Sanitation, dispensaries and jails vaccination Rajputana 1922-1927 - 1922-1927
Year: 1922
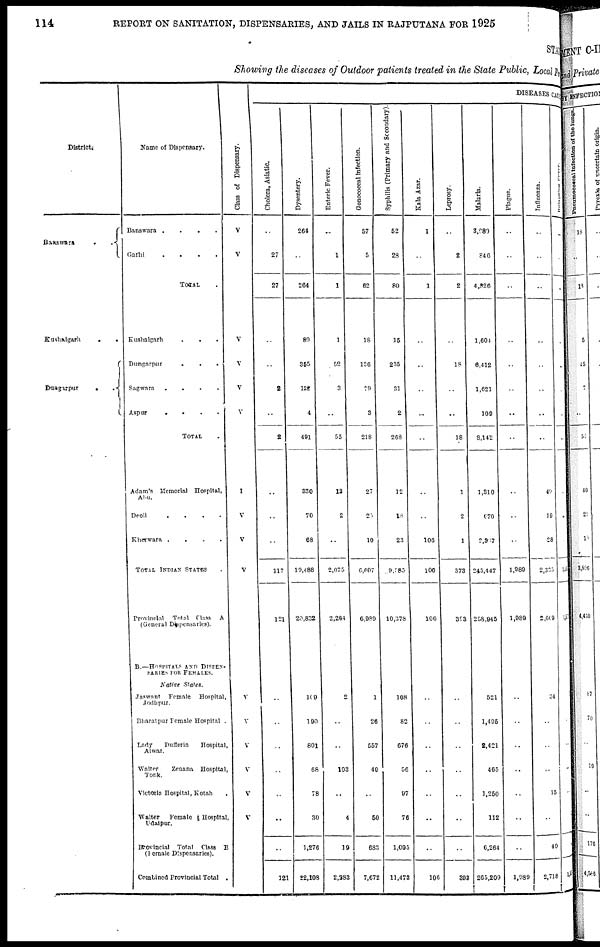
114
REPORT ON SANITATION, DISPENSARIES, AND JAILS IN RAJPUTANA FOR 1925
STAT
Showing the diseases of Outdoor patients treated in the State Public, Local fund
District.
Banswara
..
Kushalgarh
..
Dungapur
..
Name of Dispensary.
Banswara
.
.
.
.
Garhi
.
.
.
.
TOTAL .
Kushalgarh
...
Dungarpur ...
Sagwara....
Aspur
.
.
.
.
TOTAL
.
Adam's Memorial Hospital,
Abu.
Deoli
.
.
.
.
Kherwara .
.
.
.
TOTAL INDIAN STATES .
Provincial Total Class A
(General Dispensaries).
B.—HOSPITALS AND DISPEN-
SARIES FOR FEMALES.
Native States.
Jaswant Female Hospital,
Jodhpur.
Bharatpur Female Hospital .
Lady
Dufferin
Hospital.
Alwar.
Walter
Zenana Hospital
Tonk.
Victoria Hospital, Kotah .
Walter
Female Hospital.
Udaipur.
Provincial Total Class B
(Female Dispensaries).
Combined Provincial Total .
Class of Dispensary.
V
V
V
V
V
V
I
V
V
V
V
V
V
V
V
V
DISEASES CAUS
Cholera, Asiatic.
..
27
27
..
..
2
..
2
..
..
..
117
121
..
..
..
..
..
..
..
121
Dysentery.
264
..
264
89
355
182
4
491
330
70
68
19,488
20,832
109
190
801
68
78
30
1,276
22,108
Enteric Fever.
..
1
1
1
52
3
..
55
13
2
..
2,075
2,264
2
..
..
103
..
4
19
2,383
Gonococcal Infection.
57
5
62
18
136
79
3
218
27
25
10
6,607
6,989
1
26
557
40
..
50
683
7,672
Syphilis (Primary and Secondary).
52
28
80
15
235
31
2
268
12
18
23
9,585
10,378
108
82
676
56
97
76
1,095
11,473
Kala Azar.
1
..
1
..
..
..
..
..
..
..
106
106
106
..
..
..
..
..
..
..
106
Leprosy.
..
2
2
..
18
..
..
18
1
2
1
373
393
..
..
..
..
..
..
..
303
Malaria.
3,980
846
4,826
1,604
6,412
1,621
109
8,142
1,310
670
2,507
243,447
258,945
521
1,495
2,421
465
1,250
112
6,264
265,209
Plague.
..
..
..
..
..
..
..
..
..
..
..
1,989
1,989
..
..
..
..
..
..
..
1,989
Influenza.
..
..
..
..
..
..
..
..
49
19
28
2,335
2,609
34
..
..
..
15
..
49
2,718
Relapsing
Fever.
..
..
..
..
..
..
..
..
..
..
..
..
..
..
..
..
..
..
..
..
..